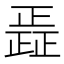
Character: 𮲿